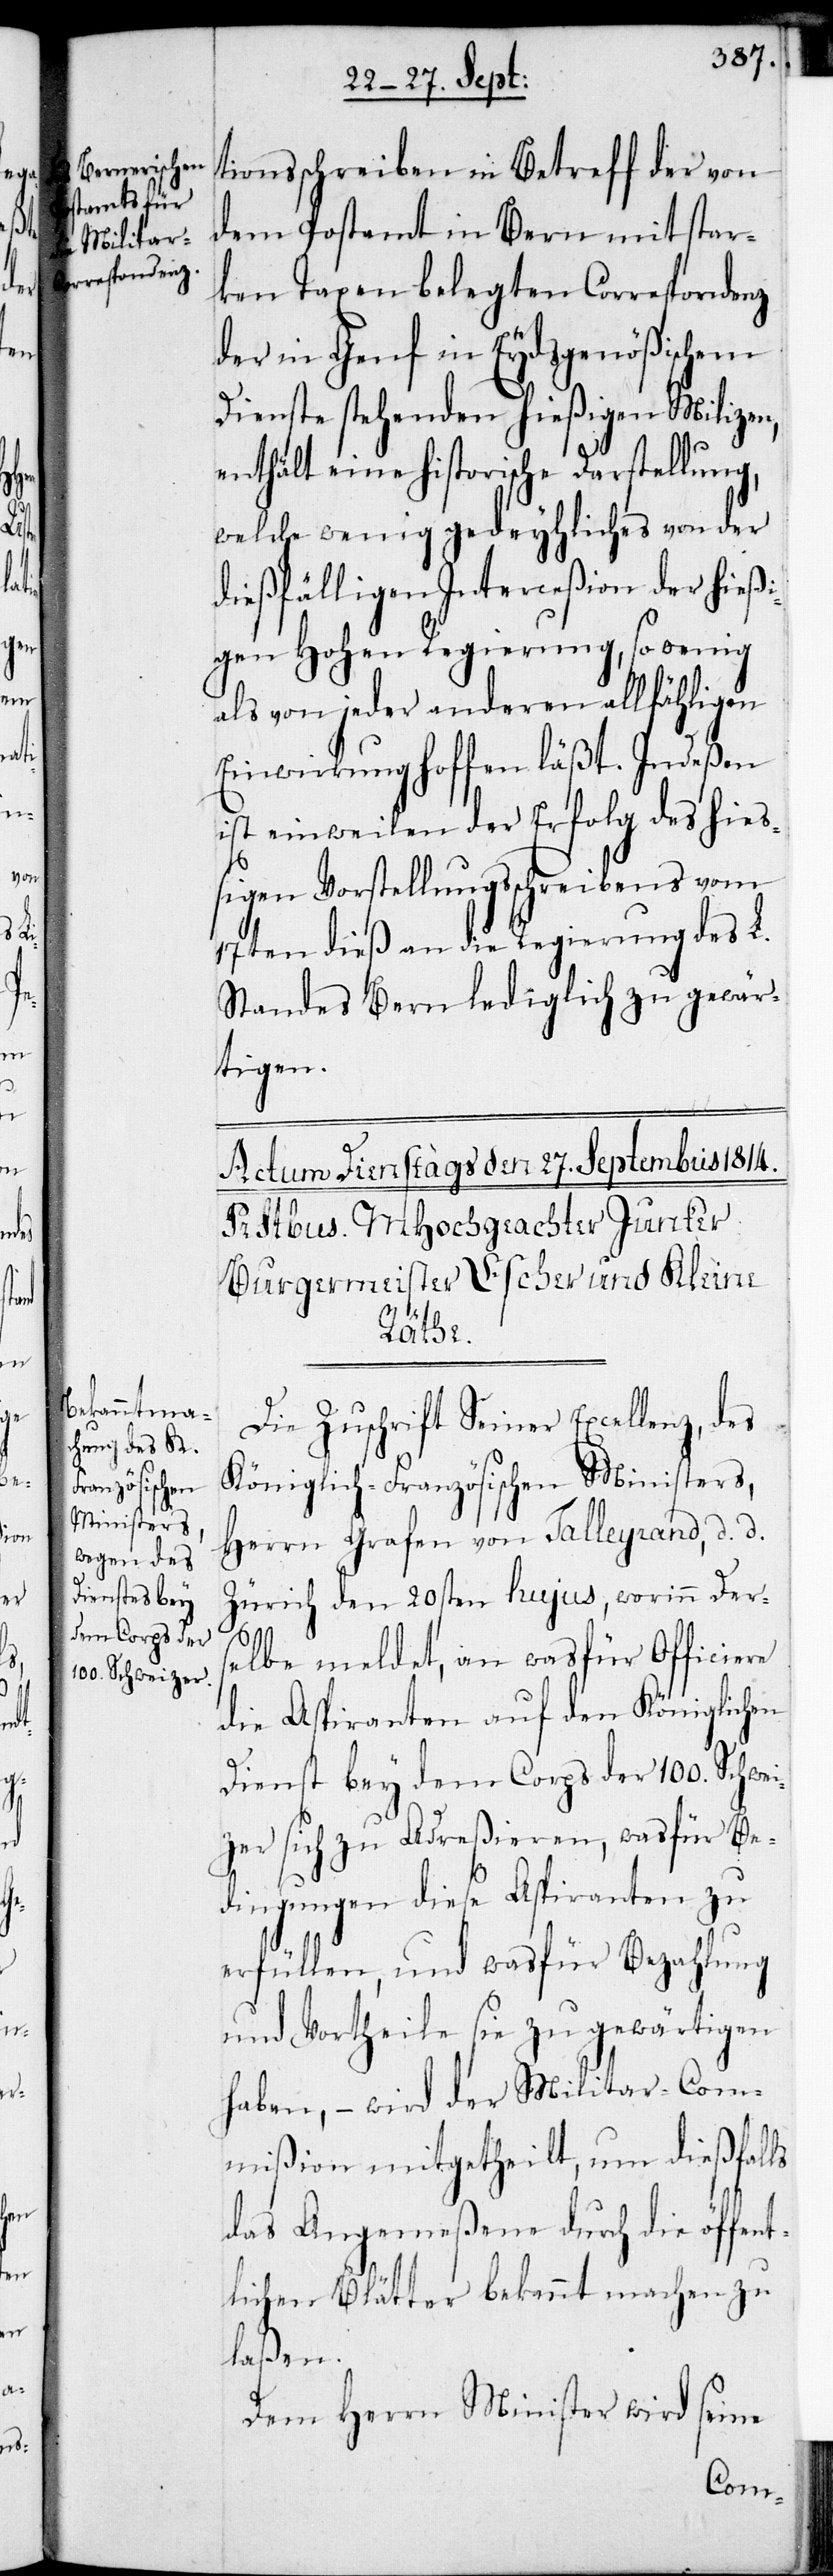
tionsschreiben in Betreff der von
dem Postamt in Bern mit star¬
ken Taxen belegten Correspondenz
der in Genf in Eydsgenößischen
Dienste stehenden hießigen Milizen,
enthält eine historische Darstellung,
welche wenig gedeyhliches von der
dießfälligen Interceßion der hieß¬
igen Hohen Regierung, so wenig
als von jeder anderen allfähligen
Einwirkung hoffen läßt. Indeßen
ist einstweilen der Erfolg des hieß¬
igen Vorstellungsschreibens vom
17ten dieß an die Regierung des L.
Standes Bern lediglich zu gewär¬
tigen.
Die Zuschrift Seiner Excellenz, des
Königlich-Französischen Ministers,
Herrn Grafen von Talleyrand, d. d.
Zürich den 20sten hujus, worinn Der¬
selbe meldet, an wasfür Officiere
die Aspiranten auf den Königlichen
Dienst bey dem Corps der 100. Schwei¬
zer sich zu adreßieren, was für Be¬
dingungen diese Aspiranten zu
erfüllen, und was für Bezahlung
und Vortheile sie zu gewärtigen
haben, – wird der Militar-Com¬
mißion mitgetheilt, um dießfalls
das Angemeßene durch die öffent¬
lichen Blätter bekannt machen zu
laßen.
Dem Herrn Minister wird seine